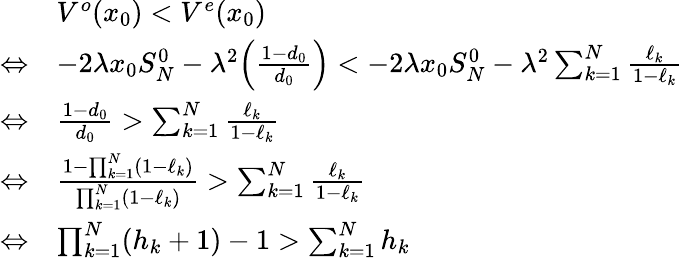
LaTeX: \begin{array}{rl}&{V^{o}(x_{0})<V^{e}(x_{0})}\\ {\Leftrightarrow}&{-2\lambda x_{0}S_{N}^{0}-\lambda^{2}\Big(\frac{1-d_{0}}{d_{0}}\Big)<-2\lambda x_{0}S_{N}^{0}-\lambda^{2}\sum_{k=1}^{N}\frac{\ell_{k}}{1-\ell_{k}}}\\ {\Leftrightarrow}&{\frac{1-d_{0}}{d_{0}}>\sum_{k=1}^{N}\frac{\ell_{k}}{1-\ell_{k}}}\\ {\Leftrightarrow}&{\frac{1-\prod_{k=1}^{N}(1-\ell_{k})}{\prod_{k=1}^{N}(1-\ell_{k})}>\sum_{k=1}^{N}\frac{\ell_{k}}{1-\ell_{k}}}\\ {\Leftrightarrow}&{\prod_{k=1}^{N}(h_{k}+1)-1>\sum_{k=1}^{N}h_{k}}\end{array}